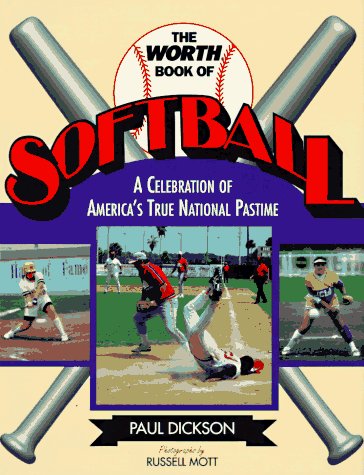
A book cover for The Worth Book of Softball: A Celebration of America's True National Pastime; Paul Dickson; Sports & Outdoors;